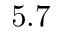
5 . 7